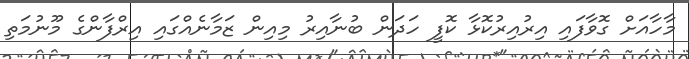
މާހާއަށް ގޮވާފައި އިރުއިރުކޮޅާ ކޮފީ ހަދަން ބުނާއިރު މިއިން ޒަމާނެއްގައި އިރްފާންގެ މޫނުމަތި